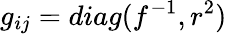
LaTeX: g_{ij}=diag(f^{-1},r^{2})